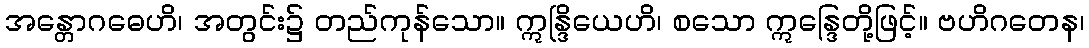
အန္တောဂဓေဟိ၊ အတွင်း၌ တည်ကုန်သော။ ဣန္ဒြိယေဟိ၊ စသော ဣန္ဒြေတို့ဖြင့်။ ဗဟိဂတေန၊